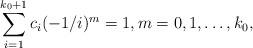
LaTeX: \begin{align*}\sum^{k_0+1}_{i=1}c_i(-1/i)^m=1,m=0,1, \dots, k_0,\end{align*}